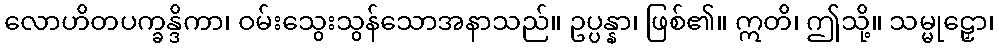
လောဟိတပက္ခန္ဒိကာ၊ ဝမ်းသွေးသွန်သောအနာသည်။ ဥပ္ပန္နာ၊ ဖြစ်၏။ ဣတိ၊ ဤသို့။ သမ္မုဠှော၊